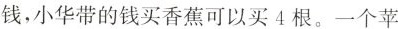
钱，小华带的钱买香蕉可以买4根。一个苹